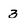
Character: 3